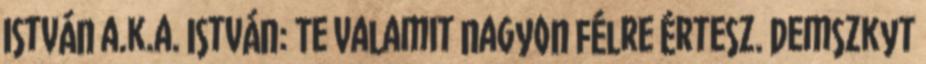
István a.k.a. István: Te valamit nagyon félre értesz. Demszkyt